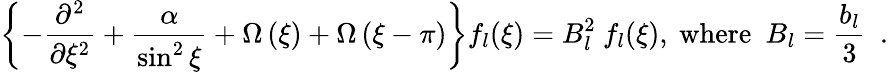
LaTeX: \left\{ -\frac{\partial^{2}}{\partial\xi^{2}}+\frac{\alpha}{\sin^{2}\xi}+\Omega\left(\xi\right)+\Omega\left(\xi-\pi\right)\right\} f_{l}(\xi)=B_{l}^{2}~f_{l}(\xi),~\mathrm{where}~~B_{l}=\frac{b_{l}}{3}~~.